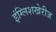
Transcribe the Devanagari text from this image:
इंग्लिशखेरीज